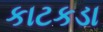
કાટકડા